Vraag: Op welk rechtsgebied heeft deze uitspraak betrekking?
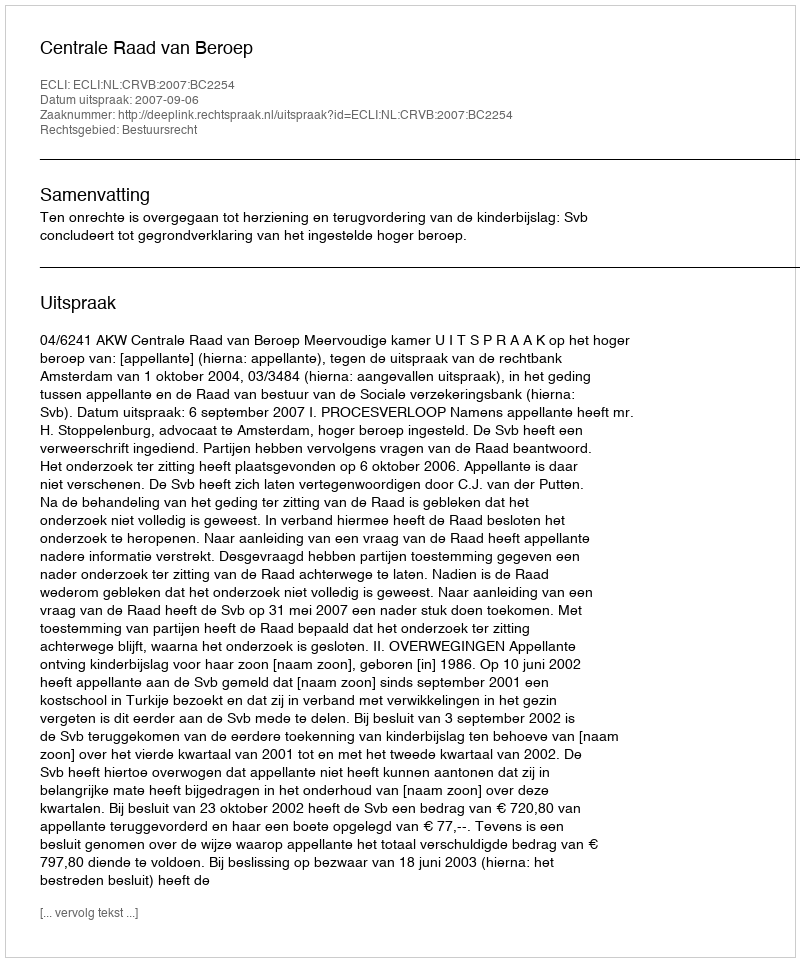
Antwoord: Bestuursrecht